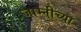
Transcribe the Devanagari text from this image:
जाम्नीच्या